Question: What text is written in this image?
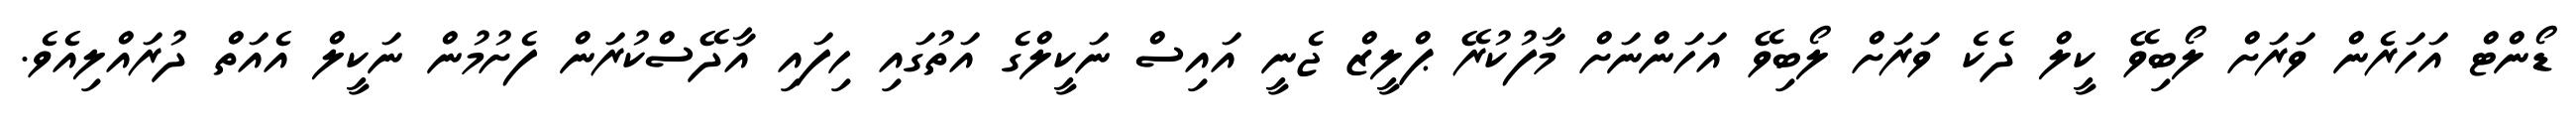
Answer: ޑޯންޓް އަހަރެން ވަރަށް ލޯބިވޭ ކީލް ދެކެ ވަރަށް ލޯބިވޭ އަހަންނަށް މާފުކުރޭ ޕްލީޒް ޖެނީ އައިސް ނަކީލްގެ އަތުގައި ހިފައި އާދޭސްކުރަން ފެށުމުން ނަކީލް އެއަތް ދުރައްލިއެވެ.